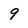
Character: 9